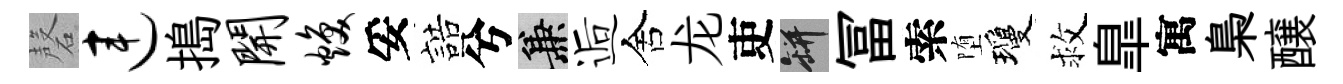
磬连搗开焕妥誥兮兼逅舍龙吏瓶冨索堕瓊救臯寓梟醸